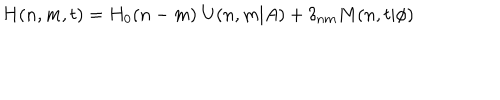
H ( n , m , t ) = H _ { 0 } ( n - m ) \ U ( n , m \vert A ) + \delta _ { n m } M ( n , t \vert \phi )